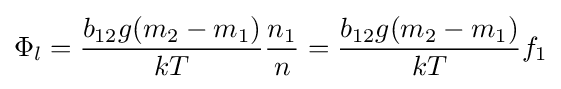
\Phi _{l}={\frac {b_{12}g(m_{2}-m_{1})}{kT}}{\frac {n_{1}}{n}}={\frac {b_{12}g(m_{2}-m_{1})}{kT}}f_{1}